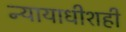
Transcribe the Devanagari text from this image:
न्यायाधीशही